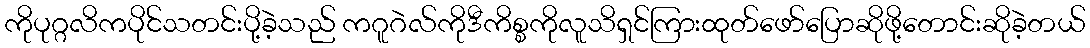
ကိုပုဂ္ဂလိကပိုင်သတင်းပို့ခဲ့သည် ကဂူဂဲလ်ကိုဒီကိစ္စကိုလူသိရှင်ကြားထုတ်ဖော်ပြောဆိုဖို့တောင်းဆိုခဲ့တယ်